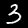
Digit: 3